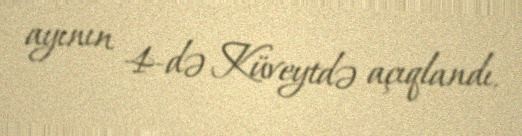
ayının 4-də Küveytdə açıqlandı.